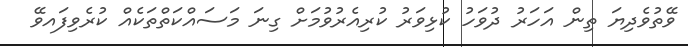
ވޭތުވެދިޔަ ތިން އަހަރު ދުވަހު ކުޅިވަރު ކުރިއެރުވުމަށް ގިނަ މަސައްކަތްތަކެއް ކުރެވިފައވޭ